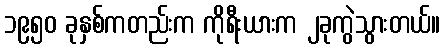
၁၉၅၀ ခုနှစ်ကတည်းက ကိုရီးယားက ၂ခုကွဲသွားတယ်။